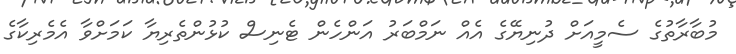
މުބާރާތުގެ ސެމީއަށް ދުނިޔޭގެ އެއް ނަމްބަރު އަންހެން ޓެނިސް ކުޅުންތެރިޔާ ކަމަށްވާ އެމެރިކާގެ